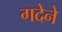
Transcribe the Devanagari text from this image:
गदेने